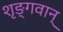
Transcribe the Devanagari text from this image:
शृङ्गवान्